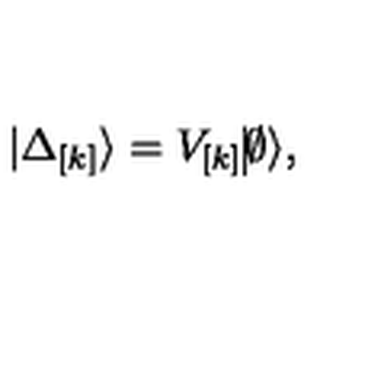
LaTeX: | \Delta _ { \lbrack k \rbrack } \rangle = V _ { \lbrack k \rbrack } \vline \emptyset \rangle ,